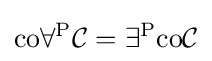
\mathrm {co} \forall ^{\mathrm {P} }{\mathcal {C}}=\exists ^{\mathrm {P} }\mathrm {co} {\mathcal {C}}